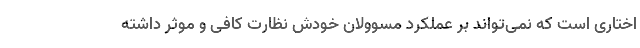
اختاری است که نمی‌تواند بر عملکرد مسوولان خودش نظارت کافی و موثر داشته